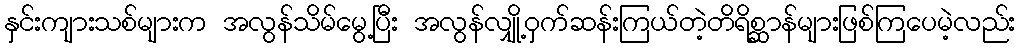
နှင်းကျားသစ်များက အလွန်သိမ်မွေ့ပြီး အလွန်လျှို့ဝှက်ဆန်းကြယ်တဲ့တိရိစ္ဆာန်များဖြစ်ကြပေမဲ့လည်း